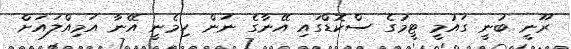
ރޫނީ ބުނީ ގައުމީ ޓީމުގެ ސްކޮޑްގައި އޭނާގެ ނަން ހިމެނީ އޭނާ އަމިއްލައަށް